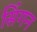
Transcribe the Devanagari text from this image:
सिंगन